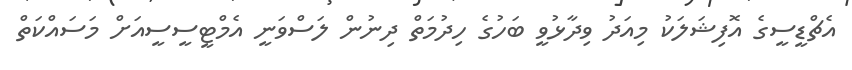
އެޗްޑީސީގެ އޮފިޝަލަކު މިއަދު ވިދާޅުވީ ބަހުގެ ހިދުމަތް ދިނުން ލަސްވަނީ އެމްޓީސީސީއަށް މަސައްކަތް